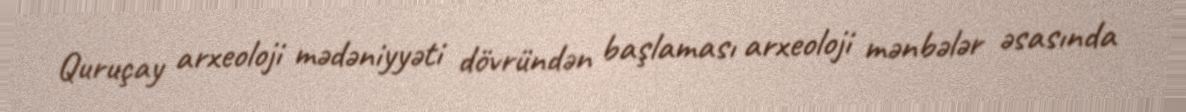
Quruçay arxeoloji mədəniyyəti dövründən başlaması arxeoloji mənbələr əsasında